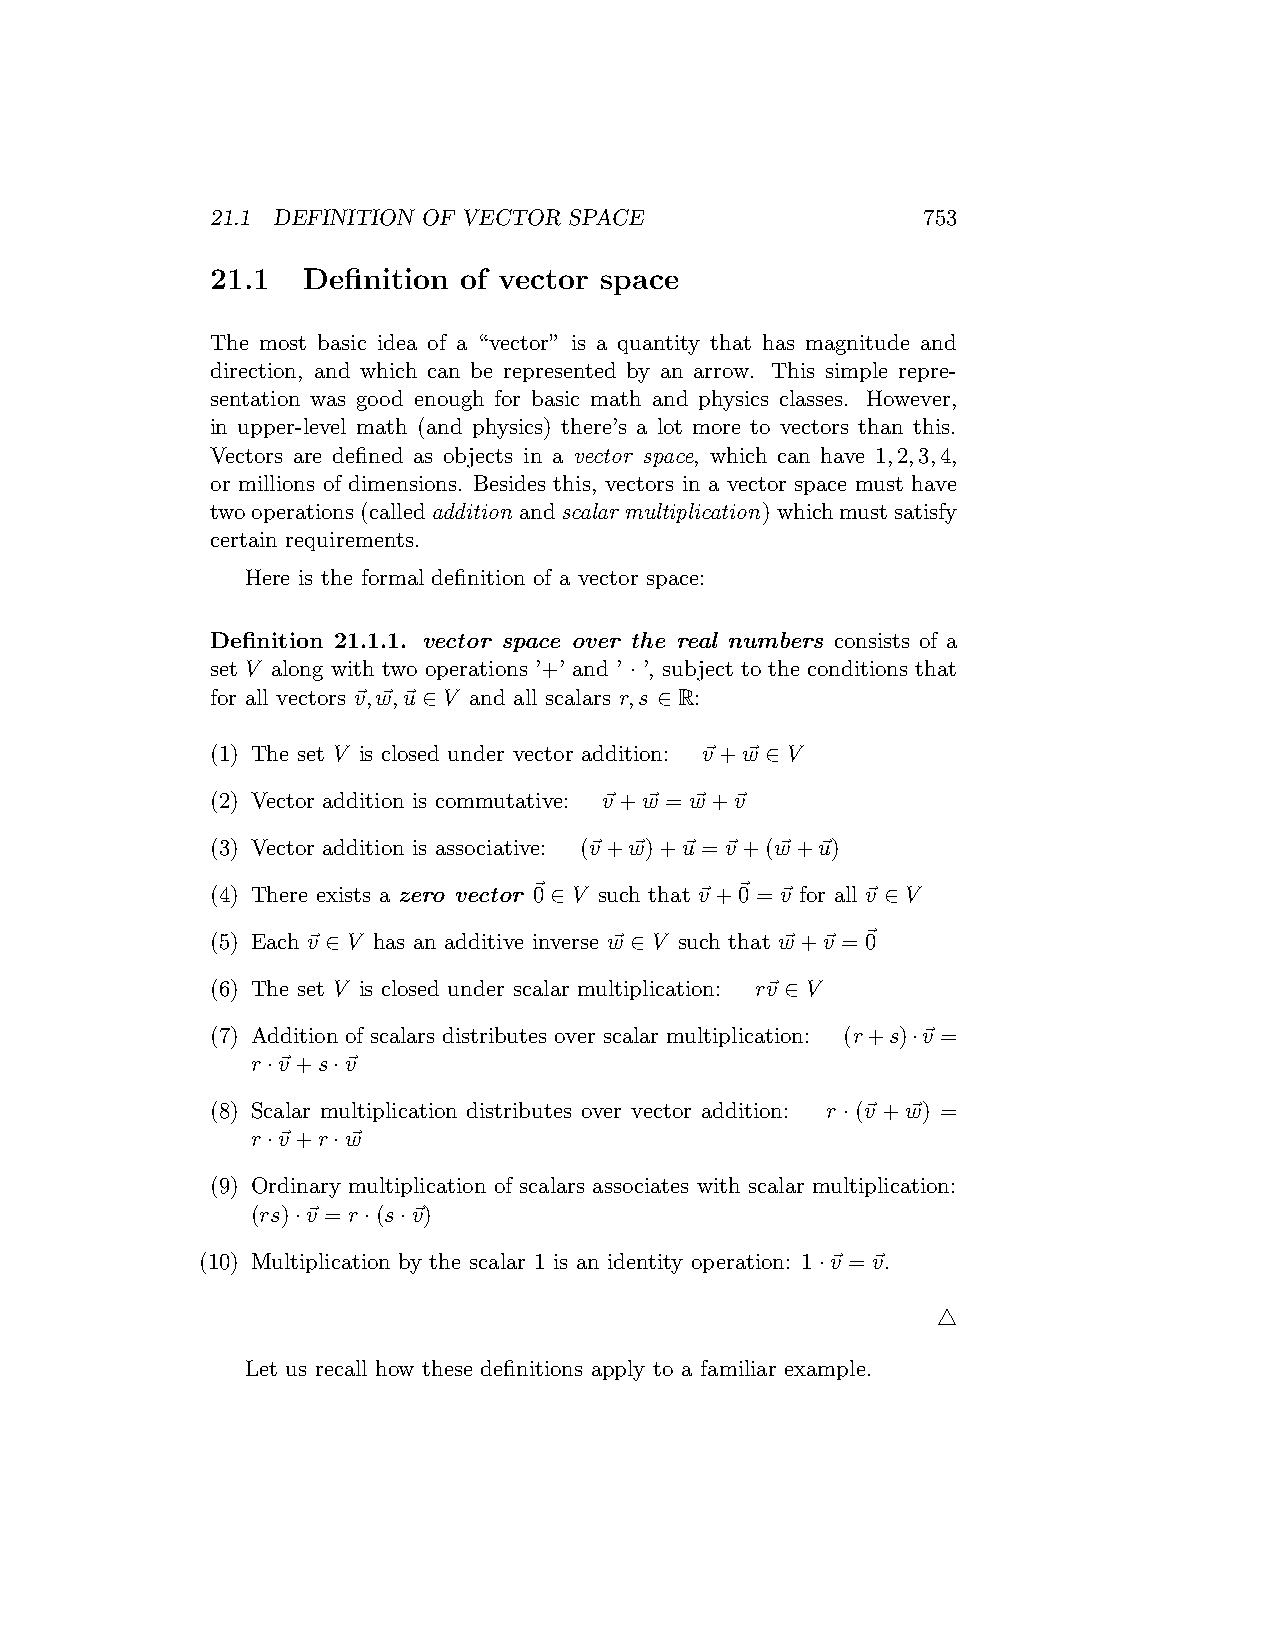
21.1 DEFINITION OF VECTOR SPACE                753
 21.1  Definition of vector space
 The most basic idea of a “vector” is a quantity that has magnitude and
 direction, and which can be represented by an arrow. This simple repre-
 sentation was good enough for basic math and physics classes. However,
 in upper-level math (and physics) there’s a lot more to vectors than this.
 Vectors are defined as objects in a vector space, which can have 1,2,3,4,
 or millions of dimensions. Besides this, vectors in a vector space must have
 twooperations(calledaddition andscalar multiplication)whichmustsatisfy
 certain requirements.
 Here is the formal definition of a vector space:
 Definition 21.1.1. vector space over the real numbers consists of a
 set V along with two operations ’+’ and ’ · ’, subject to the conditions that
 for all vectors ⃗v,w⃗,⃗u ∈ V and all scalars r,s ∈ R:
 (1) The set V is closed under vector addition: ⃗v+w⃗ ∈ V
 (2) Vector addition is commutative: ⃗v+w⃗ = w⃗ +⃗v
 (3) Vector addition is associative: (⃗v+w⃗)+⃗u =⃗v+(w⃗ +⃗u)
 (4) There exists a zero vector ⃗0 ∈ V such that ⃗v+⃗0 =⃗v for all ⃗v ∈ V
 (5) Each ⃗v ∈ V has an additive inverse w⃗ ∈ V such that w⃗ +⃗v =⃗0
 (6) The set V is closed under scalar multiplication: r⃗v ∈ V
 (7) Addition of scalars distributes over scalar multiplication: (r+s)·⃗v =
 r·⃗v+s·⃗v
 (8) Scalar multiplication distributes over vector addition: r ·(⃗v +w⃗) =
 r·⃗v+r·w⃗
 (9) Ordinary multiplication of scalars associates with scalar multiplication:
 (rs)·⃗v = r·(s·⃗v)
 (10) Multiplication by the scalar 1 is an identity operation: 1·⃗v =⃗v.
 △
 Let us recall how these definitions apply to a familiar example.